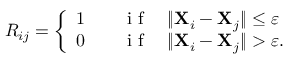
R _ { i j } = \left\{ \begin{array} { l l } { 1 } & { \quad \mathrm { ~ i ~ f ~ } \quad \| \mathbf { X } _ { i } - \mathbf { X } _ { j } \| \leq \varepsilon } \\ { 0 } & { \quad \mathrm { ~ i ~ f ~ } \quad \| \mathbf { X } _ { i } - \mathbf { X } _ { j } \| > \varepsilon . } \end{array} \right.